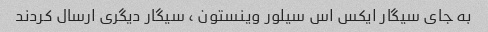
به جای سیگار ایکس اس سیلور وینستون ٬ سیگار دیگری ارسال کردند